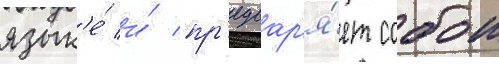
язык'е́ и́ пр'едвар'я́ет собои